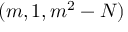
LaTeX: ( m , 1 , m ^ { 2 } - N )